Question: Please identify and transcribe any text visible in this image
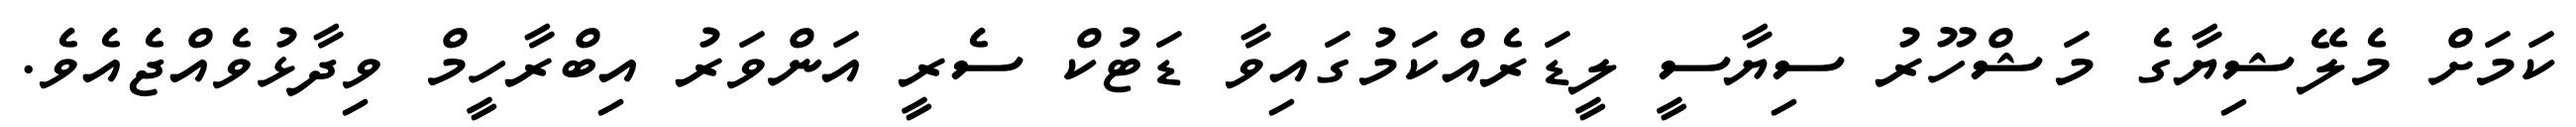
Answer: ކަމަށް މެލޭޝިޔާގެ މަޝްހޫރު ސިޔާސީ ލީޑަރެއްކަމުގައިވާ ޑަޓުކް ސެރީ އަންވަރު އިބްރާހީމް ވިދާޅުވެއްޖެއެވެ.